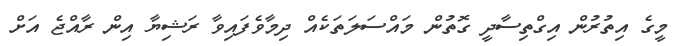
މީގެ އިތުރުން އިގްތިސާދީ ގޮތުން މައްސަލަތަކެއް ދިމާވެފައިވާ ރަޝިޔާ އިން ރާއްޖެ އަށް